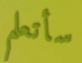
سأتعلم